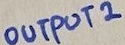
Text: OUTPUT 2